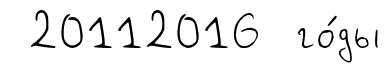
20112016 го́ды